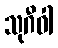
သုဂီဝါ